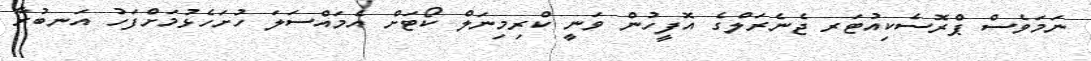
ނަމަވެސް ޕްރޮސެކިއުޓަރ ޖެނެރަލްގެ އޮފީހުން ވަނީ ކްރިމިނަލް ކޯޓަށް އެމައްސަލަ ހުށަހެޅުމަށްފަހު އަނބުރާ